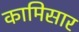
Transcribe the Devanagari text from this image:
कामिसार